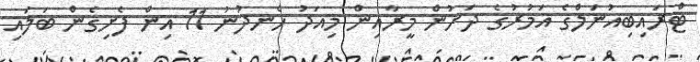
ޓްރައިބިއުނަލްގެ އަމުރުގެ ދަށުން މީރާއިން މިއަދު ހެނދުނު 11 އިން ފެށިގެން ބަލައި